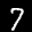
Label: 7